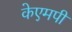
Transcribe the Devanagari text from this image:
केएमपी